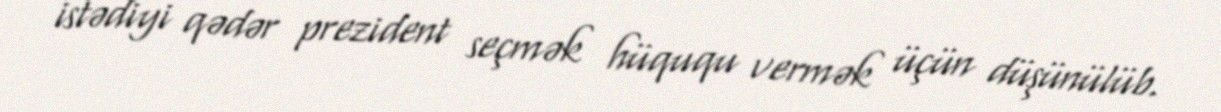
istədiyi qədər prezident seçmək hüququ vermək üçün düşünülüb.